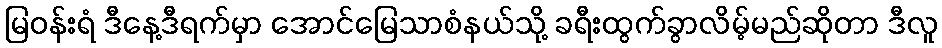
မြဝန်းရံ ဒီနေ့ဒီရက်မှာ အောင်မြေသာစံနယ်သို့ ခရီးထွက်ခွာလိမ့်မည်ဆိုတာ ဒီလူ